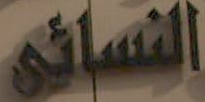
النسائى